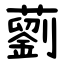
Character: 藰